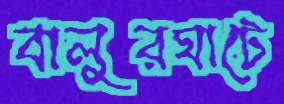
বালুরঘাটে